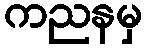
ကညနမှ